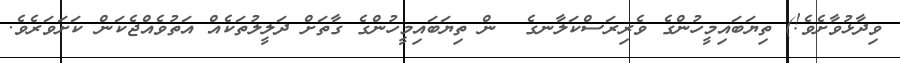
ވިދާޅުވާށެވެ!) ތިޔަބައިމީހުންގެ ވެރިރަސްކަލާނގެ  ން ތިޔަބައިމީހުންގެ ގާތަށް ދަލީލުތަކެއް އަތުވެއްޖެކަން ކަށަވަރެވެ.